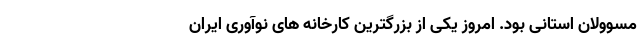
مسوولان استانی بود. امروز یکی از بزرگترین کارخانه های نوآوری ایران